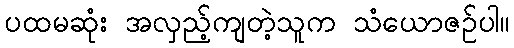
ပထမဆုံး အလှည့်ကျတဲ့သူက သံယောဇဉ်ပါ။